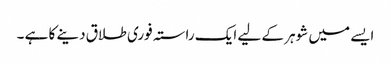
ایسے میں شوہر کے لیے ایک راستہ فوری طلاق دینے کا ہے ۔